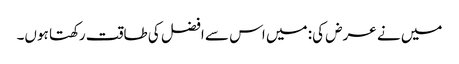
میں نے عرض کی: میں اس سے افضل کی طاقت رکھتا ہوں۔